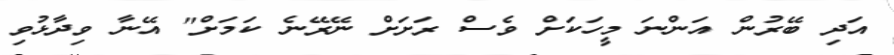
އަދި ބޭރުން އަންނަ މީހަކަށް ވެސް ރަށަށް ނޭރޭނެ ކަމަށް" އޭނާ ވިދާޅުވި